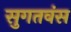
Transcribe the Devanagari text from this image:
सुगतवंस